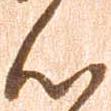
心